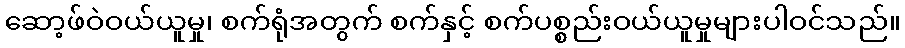
ဆော့ဖ်ဝဲဝယ်ယူမှု၊ စက်ရုံအတွက် စက်နှင့် စက်ပစ္စည်းဝယ်ယူမှုများပါဝင်သည်။